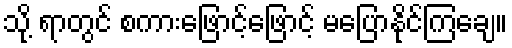
သို့ ရာတွင် စကားဖြောင့်ဖြောင့် မပြောနိုင်ကြချေ။